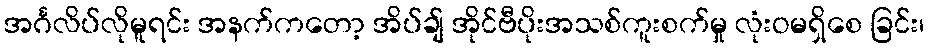
အင်္ဂလိပ်လိုမူရင်း အနက်ကတော့ အိပ်ချ် အိုင်ဗီပိုးအသစ်ကူးစက်မှု လုံးဝမရှိစေ ခြင်း၊